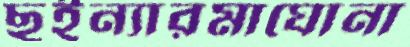
ছইন্যারমাঘোনা